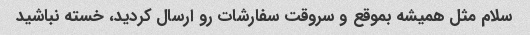
سلام مثل همیشه بموقع و سروقت سفارشات رو ارسال کردید، خسته نباشید